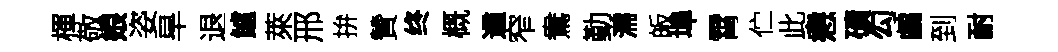
楎敬娘姿旱退鱸萊邢拚贊终概遹窄鴦勤濡皈埠霄伫此恚磧勾鸕到耐